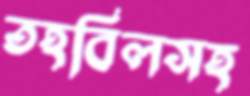
তহবিলসহ